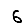
Digit: 6